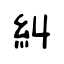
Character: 糾